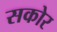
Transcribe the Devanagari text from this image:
सकोर